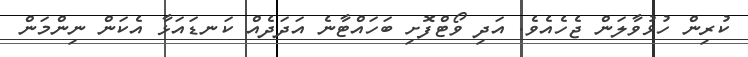
ކުރިން ހުޅުވާލަން ޖެހެއެވެ. އަދި ވޯޓްފޮށި ބަހައްޓާނެ އަދަދެއް ކަނޑައަޅާ އެކަން ނިންމަން